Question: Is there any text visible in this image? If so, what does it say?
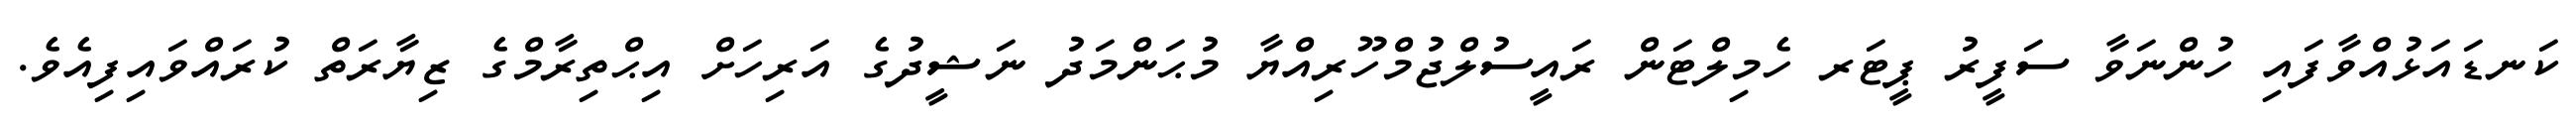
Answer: ކަނޑައަޅުއްވާފައި ހުންނަވާ ސަފީރު ޕީޓަރ ހެމިލްޓަން ރައީސުލްޖުމްހޫރިއްޔާ މުޙަންމަދު ނަޝީދުގެ އަރިހަށް އިޙްތިރާމްގެ ޒިޔާރަތް ކުރައްވައިފިއެވެ.